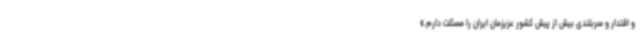
و اقتدار و سربلندی بیش از پیش کشور عزیزمان ایران را مسئلت دارم.»